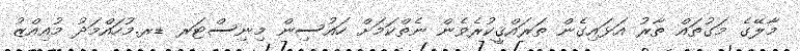
މާލޭގެ މަގުތައް ތާރު އަޅައިގެން ތަރައްޤީކުރެވެން ނެތްކަމަށް ހައުސިން މިނިސްޓަރ ޑރ.މުހަައްމަދު މުއިއްޒު